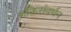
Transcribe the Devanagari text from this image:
शक्तिसंवर्धन